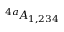
^ { 4 a } \! { \cal A } _ { 1 , 2 3 4 }